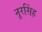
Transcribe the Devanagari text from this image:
नूरसिंह